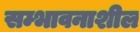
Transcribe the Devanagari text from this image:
सम्भावनाशील